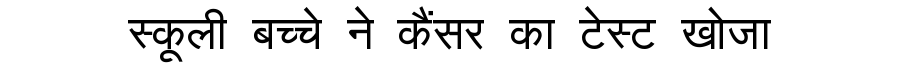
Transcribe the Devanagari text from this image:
स्कूली बच्चे ने कैंसर का टेस्ट खोजा